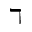
\daleth